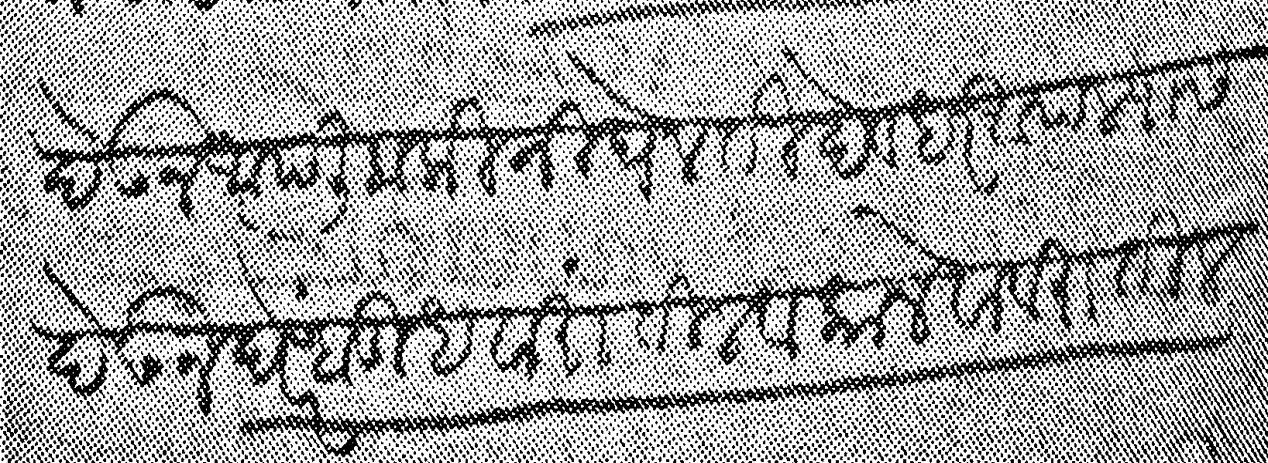
Transliteration (Devanagari): देऊन आपली बाकी निघेल ती देवधर आपल्यास देऊन घरे बुधवारातील व काले वावरातील